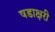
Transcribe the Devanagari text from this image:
षडाक्षरी